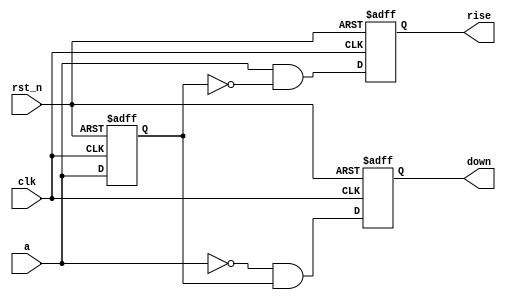
`timescale 1ns / 1ps

module edge_detect(
    input clk,       // Clock signal
    input rst_n,     // Active low reset signal
    input a,         // Input signal for edge detection
    output reg rise, // Output signal indicating a rising edge
    output reg down  // Output signal indicating a falling edge
);

    // Register to hold the previous state of 'a'
    reg a_prev;

    // Edge detection logic
    always @(posedge clk or negedge rst_n) begin
        if (!rst_n) begin
            // Reset condition, set everything to zero
            a_prev <= 1'b0;
            rise <= 1'b0;
            down <= 1'b0;
        end else begin
            // Detect rising edge
            rise <= (a == 1'b1) && (a_prev == 1'b0);
            // Detect falling edge
            down <= (a == 1'b0) && (a_prev == 1'b1);
            // Update previous state of 'a'
            a_prev <= a;
        end
    end

endmodule